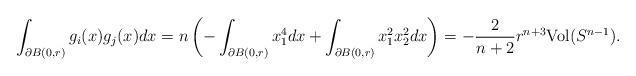
LaTeX: \begin{align*}\int_{\partial B(0,r)}g_{i}(x)g_{j}(x)dx=n\left(-\int_{\partial B(0,r)}x_{1}^{4}dx+\int_{\partial B(0,r)}x_{1}^{2}x_{2}^{2}dx\right)=-\frac{2}{n+2}r^{n+3}\mathrm{Vol}(S^{n-1}).\end{align*}